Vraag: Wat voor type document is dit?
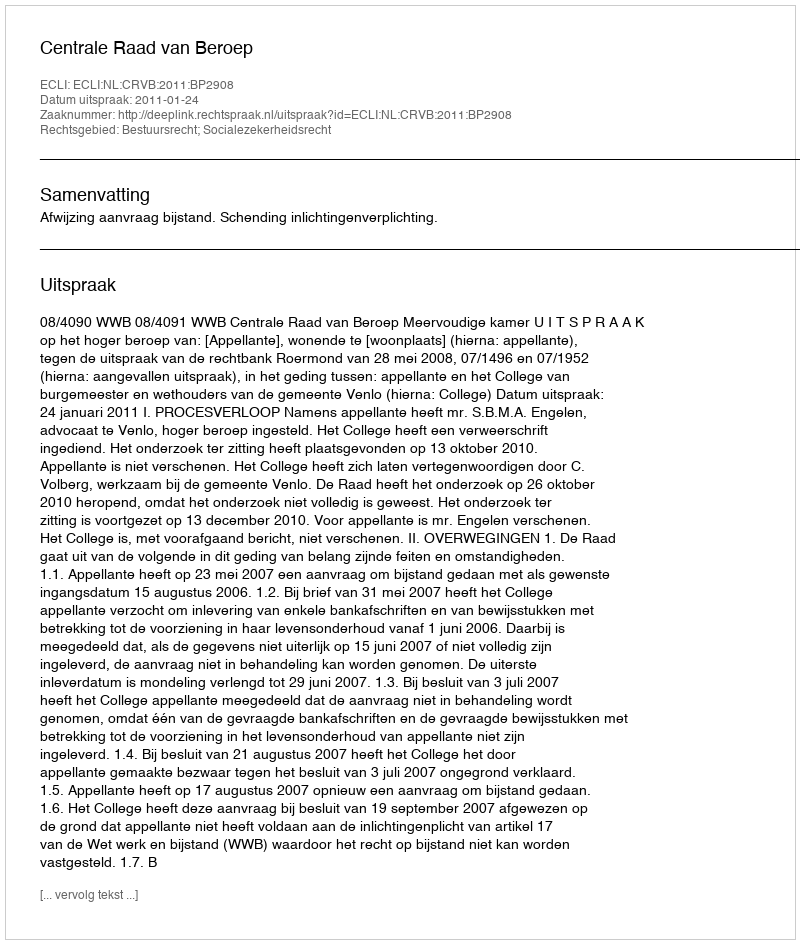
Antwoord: Uitspraak